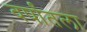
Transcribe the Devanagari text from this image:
वर्षांतला